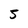
Character: 5